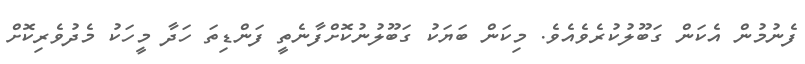
ފެނުމުން އެކަން ގަބޫލުކުރެވެއެވެ. މިކަން ބަޔަކު ގަބޫލުނުކޮށްފާނެތީ ފަންޑިތަ ހަދާ މީހަކު މެދުވެރިކޮށް